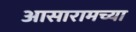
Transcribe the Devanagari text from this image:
आसारामच्या